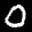
Label: 0